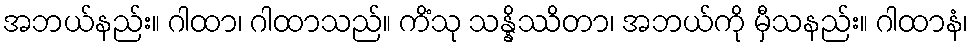
အဘယ်နည်း။ ဂါထာ၊ ဂါထာသည်။ ကိံသု သန္နိဿိတာ၊ အဘယ်ကို မှီသနည်း။ ဂါထာနံ၊